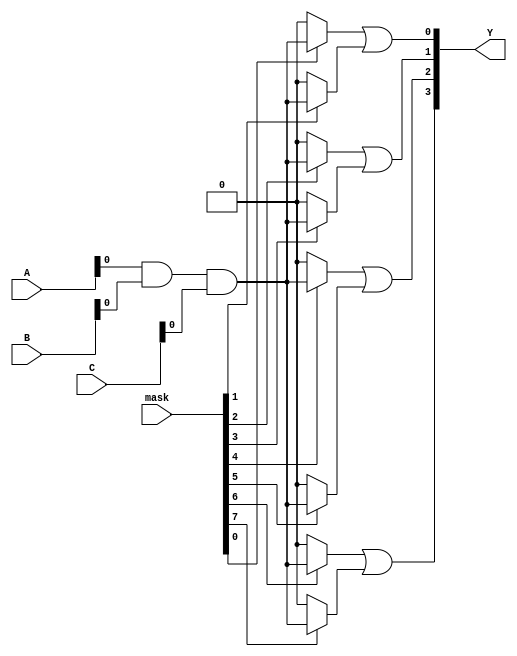
module masked_pal (
    input wire [2:0] A, // Inputs A, B, C (3 bits for example)
    input wire [2:0] B,
    input wire [2:0] C,
    input wire [7:0] mask, // Masking for AND gates (8 bits for 8 AND gates)
    output wire [3:0] Y // Outputs (4 bits for example)
);

// Number of AND gates
parameter NUM_AND_GATES = 8;
parameter NUM_OR_GATES = 4;

// AND gate outputs
wire [NUM_AND_GATES-1:0] and_out;

// Programmable AND gates
generate
    genvar i;
    for (i = 0; i < NUM_AND_GATES; i = i + 1) begin : and_gates
        // Each AND gate can be programmed to connect to any combination of inputs
        // Here we use a simple example of programming
        assign and_out[i] = (mask[i]) ? (A[0] & B[0] & C[0]) : 1'b0; // Example configuration
    end
endgenerate

// Fixed OR array
assign Y[0] = and_out[0] | and_out[1]; // OR gate 1
assign Y[1] = and_out[2] | and_out[3]; // OR gate 2
assign Y[2] = and_out[4] | and_out[5]; // OR gate 3
assign Y[3] = and_out[6] | and_out[7]; // OR gate 4

endmodule